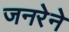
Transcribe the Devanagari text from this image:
जनरेने